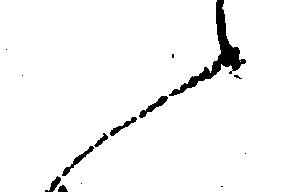
候